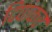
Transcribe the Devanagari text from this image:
दिपांकर